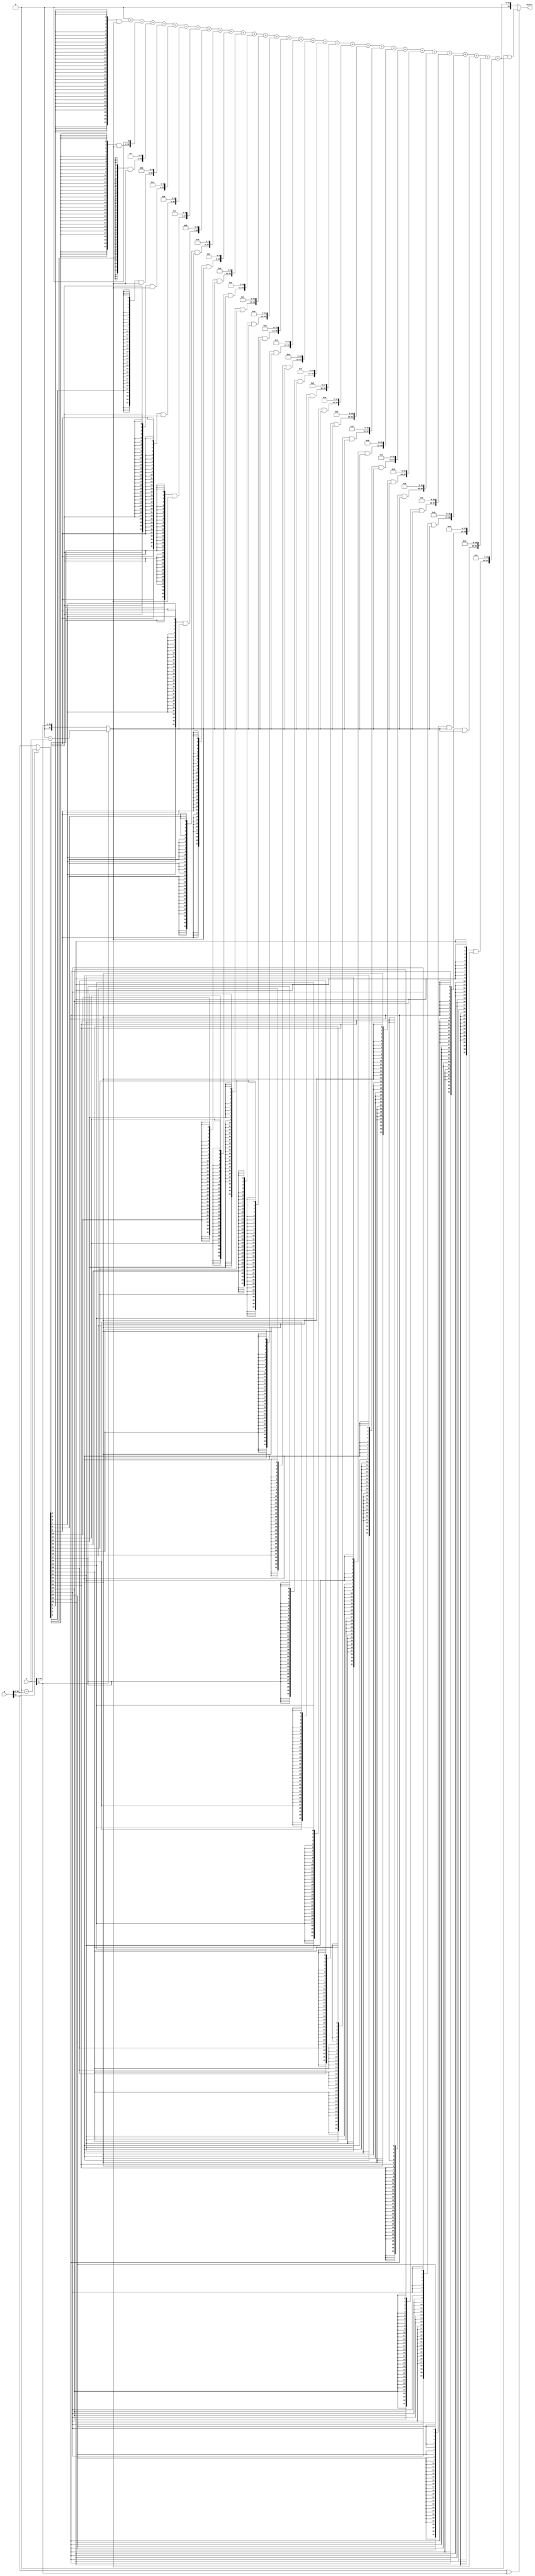
module SequentialMultiplier (
    input wire [31:0] a,
    input wire [31:0] b,
    output reg [63:0] result
);
  integer i;
  wire[31:0] a_comp;
  reg[31:0] temp_a;
  wire[31:0] b_comp;
  reg[31:0] temp_b;
  reg temp_sign;
  reg [31:0] pp[0:31];
  reg [62:0] sig;
  assign a_comp=0-a; 
  assign b_comp=0-b; 
  always @* begin
    sig = 0;
    temp_a=a;
    if(a[31])begin
      temp_a=a_comp;
    end
    temp_b=b;
    if(b[31]) begin
      temp_b=b_comp;
    end
    for (i = 0; i < 31; i = i + 1) begin
      pp[i] = {32{temp_a[i]}} & temp_b;
    end
    for (i = 0; i < 31; i = i + 1) begin
      sig = sig + (pp[i] << i);
    end
    if(a[31]^b[31])begin
      result=0-sig;
    end
    else begin
      result = sig;
    end
  end

endmodule